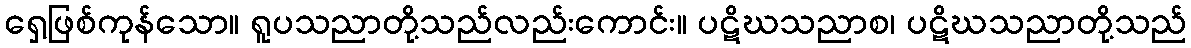
ရှေ့ဖြစ်ကုန်သော။ ရူပသညာတို့သည်လည်းကောင်း။ ပဋိဃသညာစ၊ ပဋိဃသညာတို့သည်